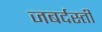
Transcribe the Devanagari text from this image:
जबर्दस्‍ती